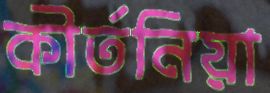
কীর্তনিয়া